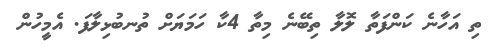
ތި އަހާނެ ކަންފަތާ ލޮލާ ތިބޭނެ މިތާ 4ކާ ހަމަޔަށް ތުނބުޅިލާފަ. އެމީހުން